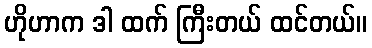
ဟိုဟာက ဒါ ထက် ကြီးတယ် ထင်တယ်။